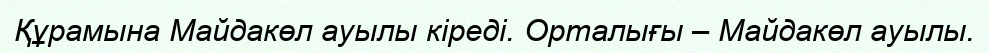
Құрамына Майдакөл ауылы кіреді. Орталығы – Майдакөл ауылы.